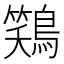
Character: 𫛎